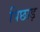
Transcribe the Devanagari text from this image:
पिछाड़